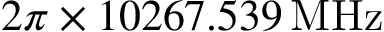
2 \pi \times 1 0 2 6 7 . 5 3 9 \, \mathrm { M H z }